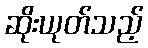
ဆိုးယုတ်သည့်